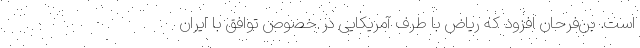
است. بن‌فرحان افزود که ریاض با طرف آمریکایی در خصوص توافق با ایران